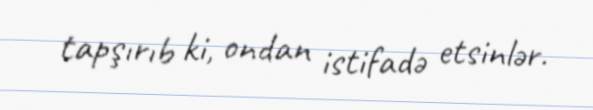
tapşırıb ki, ondan istifadə etsinlər.